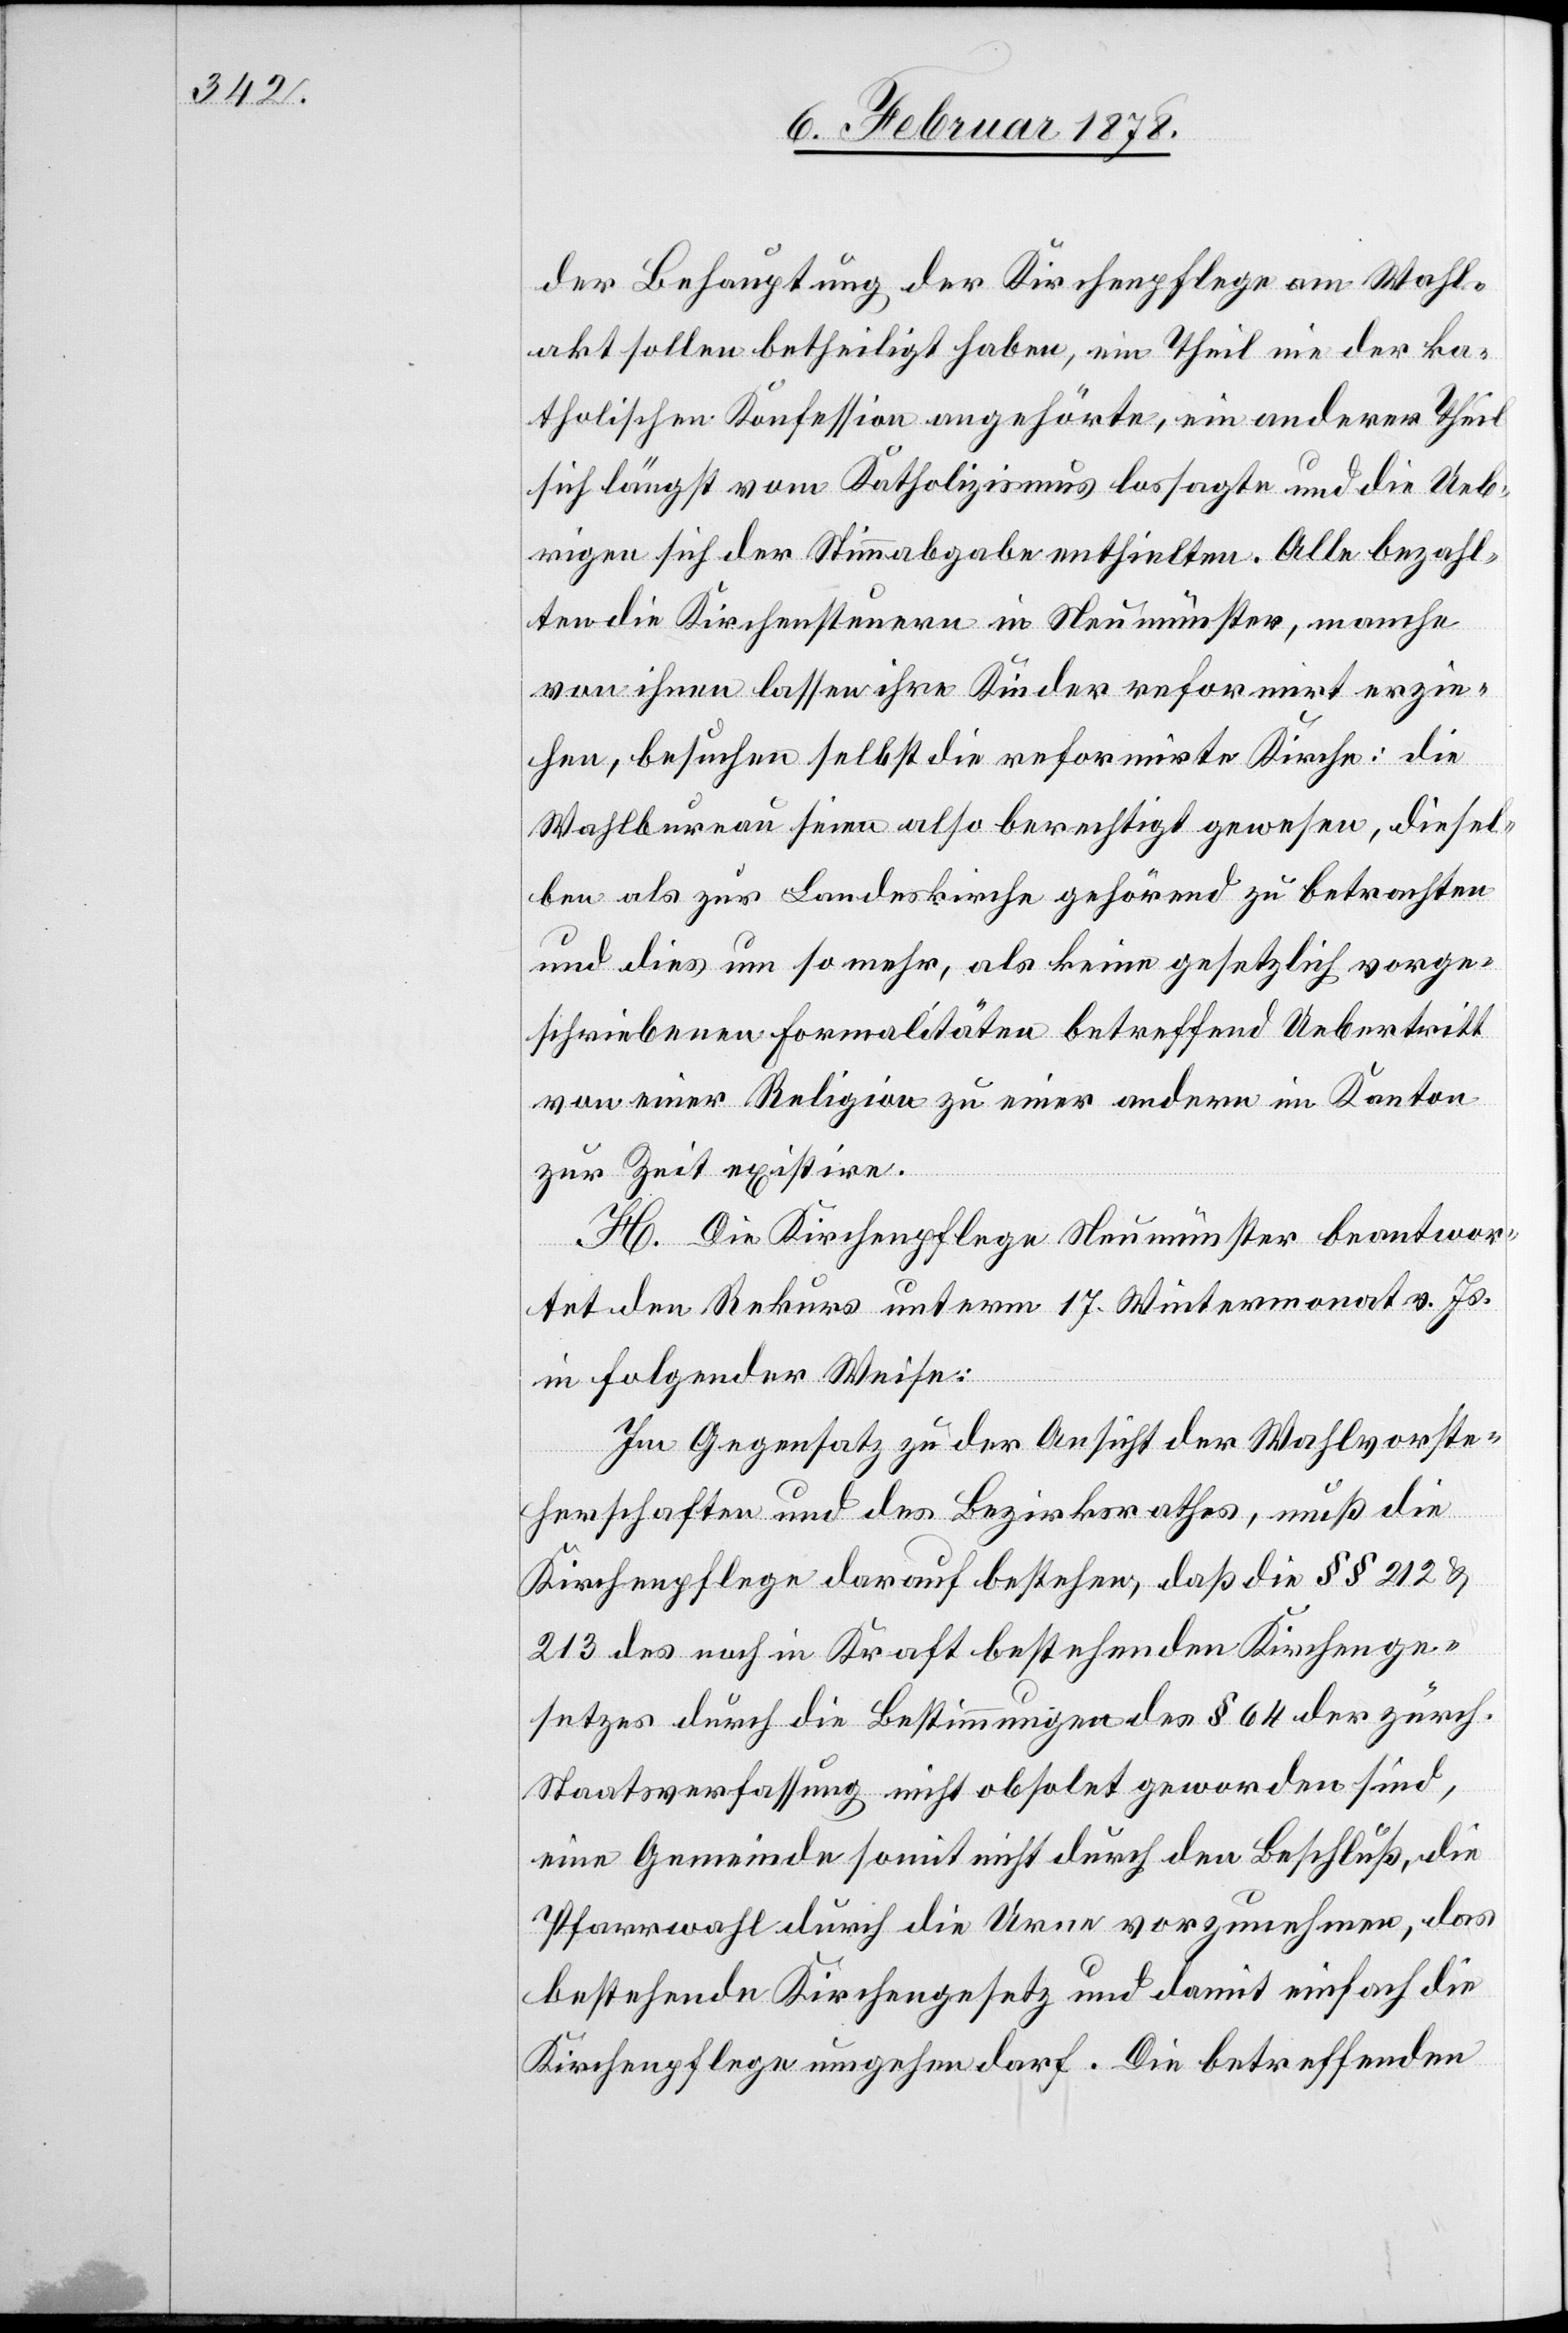
der Behauptung der Kirchenpflege am Wahl¬
akt sollen betheiligt haben, ein Theil nie der ka¬
tholischen Konfession angehörte, ein anderer Theil
sich längst vom Katholizismus lossagte und die Ueb¬
rigen sich der Stimmabgabe enthielten. Alle bezahl¬
ten die Kirchensteuern in Neumünster, manche
von ihnen lassen ihre Kinder reformirt erzie¬
hen, besuchen selbst die reformirte Kirche: die
Wahlbureau seien also berechtigt gewesen, diesel¬
ben als zur Landeskirche gehörend zu betrachten
und dies um so mehr, als keine gesetzlich vorge¬
schriebenen Formalitäten betreffend Uebertritt
von einer Religion zu einer andern im Kanton
zur Zeit existire.
H. Die Kirchenpflege Neumünster beantwor¬
tet den Rekurs unterm 17. Wintermonat v. Js.
in folgender Weise:
Im Gegensatz zu der Ansicht der Wahlvorste¬
herschaften und des Bezirksrathes, muß die
Kirchenpflege darauf bestehen, daß die §§ 212 &
213 des noch in Kraft bestehenden Kirchenge¬
setzes durch die Bestimmungen des § 64 der zürch.
Staatsverfassung nicht obsolet geworden sind,
eine Gemeinde somit nicht durch den Beschluß, die
Pfarrwahl durch die Urne vorzunehmen, das
bestehende Kirchengesetz und damit einfach die
Kirchenpflege umgehen darf. Die betreffenden